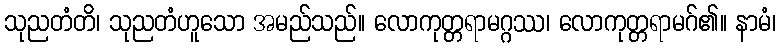
သုညတံတိ၊ သုညတံဟူသော အမည်သည်။ လောကုတ္တရာမဂ္ဂဿ၊ လောကုတ္တရာမဂ်၏။ နာမံ၊